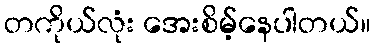
တကိုယ်လုံး အေးစိမ့်နေပါတယ်။